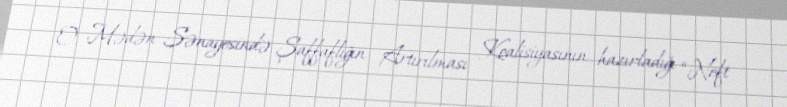
O, Mədən Sənayesində Şaffaflığın Artırılması Koalisiyasının hazırladığı “Neft